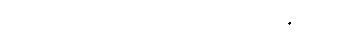
တစ်ခုလောက်တော့ ဝယ်လာတာချည်းပဲ။